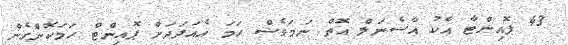
43 ޕޮއިންޓާ އެކު އާސެނަލް އޮތް ނަމަވެސް ހަމަ އެއަދަދަށް ޕޮއިންޓް ހަމަކޮށްގެން